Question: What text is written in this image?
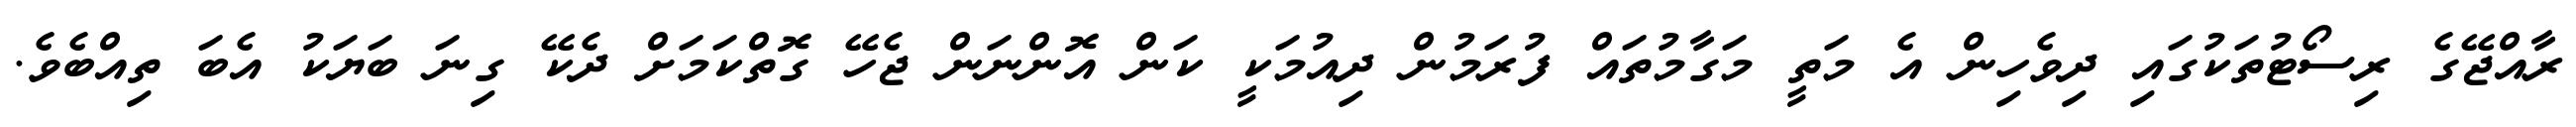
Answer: ރާއްޖޭގެ ރިސޯޓުތަކުގައި ދިވެހިން އެ މަތީ މަގާމުތައް ފުރަމުން ދިއުމަކީ ކަން އޮންނަން ޖެހޭ ގޮތްކަމަށް ދެކޭ ގިނަ ބަޔަކު އެބަ ތިއްބެވެ.